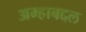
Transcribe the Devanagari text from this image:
अम्हाबद्दल